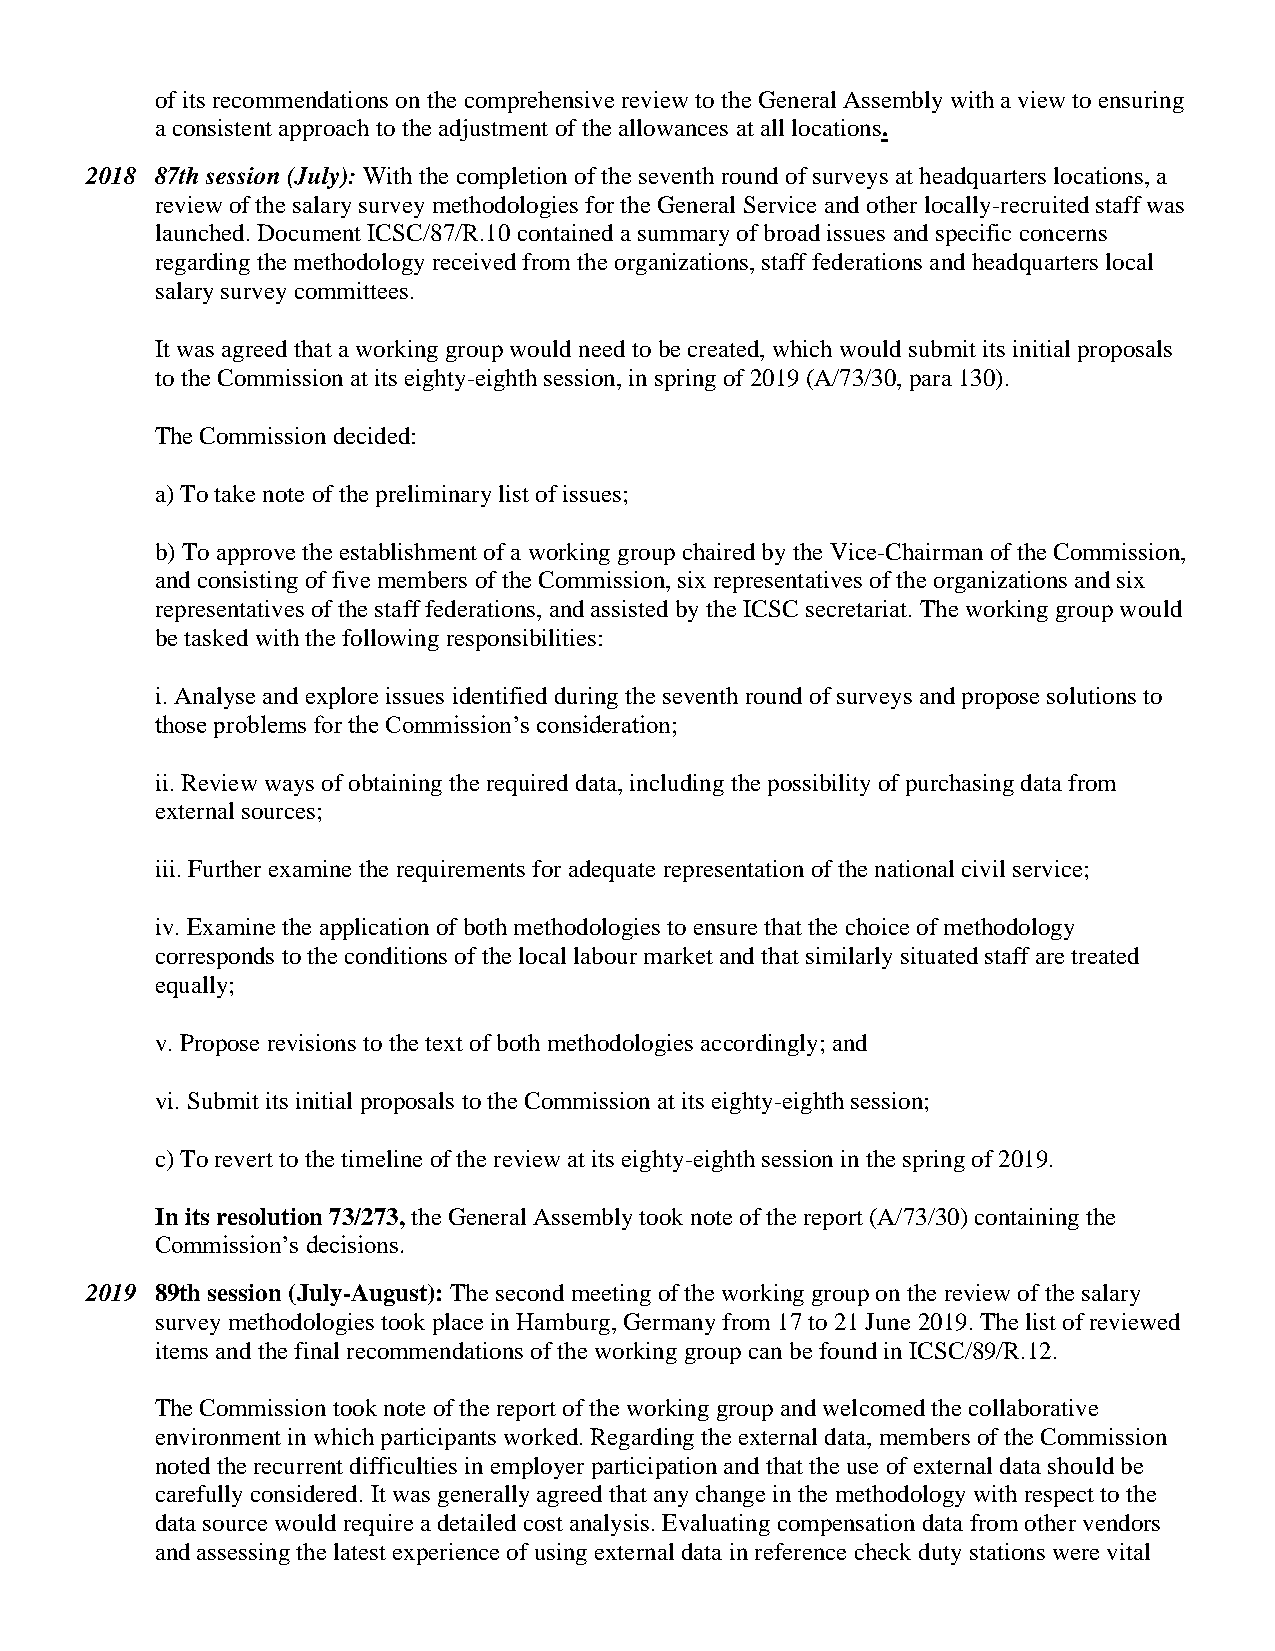
of its recommendations on the comprehensive review to the General Assembly with a view to ensuring
 a consistent approach to the adjustment of the allowances at all locations.
 2018 87th session (July): With the completion of the seventh round of surveys at headquarters locations, a
 review of the salary survey methodologies for the General Service and other locally-recruited staff was
 launched. Document ICSC/87/R.10 contained a summary of broad issues and specific concerns
 regarding the methodology received from the organizations, staff federations and headquarters local
 salary survey committees.
 It was agreed that a working group would need to be created, which would submit its initial proposals
 to the Commission at its eighty-eighth session, in spring of 2019 (A/73/30, para 130).
 The Commission decided:
 a) To take note of the preliminary list of issues;
 b) To approve the establishment of a working group chaired by the Vice-Chairman of the Commission,
 and consisting of five members of the Commission, six representatives of the organizations and six
 representatives of the staff federations, and assisted by the ICSC secretariat. The working group would
 be tasked with the following responsibilities:
 i. Analyse and explore issues identified during the seventh round of surveys and propose solutions to
 those problems for the Commission’s consideration;
 ii. Review ways of obtaining the required data, including the possibility of purchasing data from
 external sources;
 iii. Further examine the requirements for adequate representation of the national civil service;
 iv. Examine the application of both methodologies to ensure that the choice of methodology
 corresponds to the conditions of the local labour market and that similarly situated staff are treated
 equally;
 v. Propose revisions to the text of both methodologies accordingly; and
 vi. Submit its initial proposals to the Commission at its eighty-eighth session;
 c) To revert to the timeline of the review at its eighty-eighth session in the spring of 2019.
 In its resolution 73/273, the General Assembly took note of the report (A/73/30) containing the
 Commission’s decisions.
 2019 89th session (July-August): The second meeting of the working group on the review of the salary
 survey methodologies took place in Hamburg, Germany from 17 to 21 June 2019. The list of reviewed
 items and the final recommendations of the working group can be found in ICSC/89/R.12.
 The Commission took note of the report of the working group and welcomed the collaborative
 environment in which participants worked. Regarding the external data, members of the Commission
 noted the recurrent difficulties in employer participation and that the use of external data should be
 carefully considered. It was generally agreed that any change in the methodology with respect to the
 data source would require a detailed cost analysis. Evaluating compensation data from other vendors
 and assessing the latest experience of using external data in reference check duty stations were vital